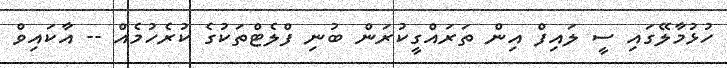
ހުޅުމާލޭގައި ސީ ލައިފް އިން ތަރައްގީކުރަން ބުނި ފްލެޓްތަކުގެ ކުރެހުމެއް -- އާކައިވް